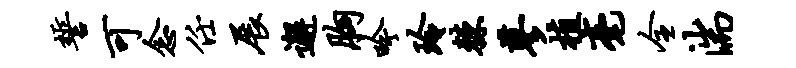
誓可念任展邂胸吟玲棘蓼植毫全湍